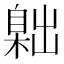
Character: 𦤙